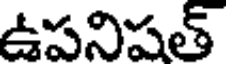
ఉపనిషత్